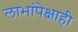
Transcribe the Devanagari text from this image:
लाभांपेक्षाही